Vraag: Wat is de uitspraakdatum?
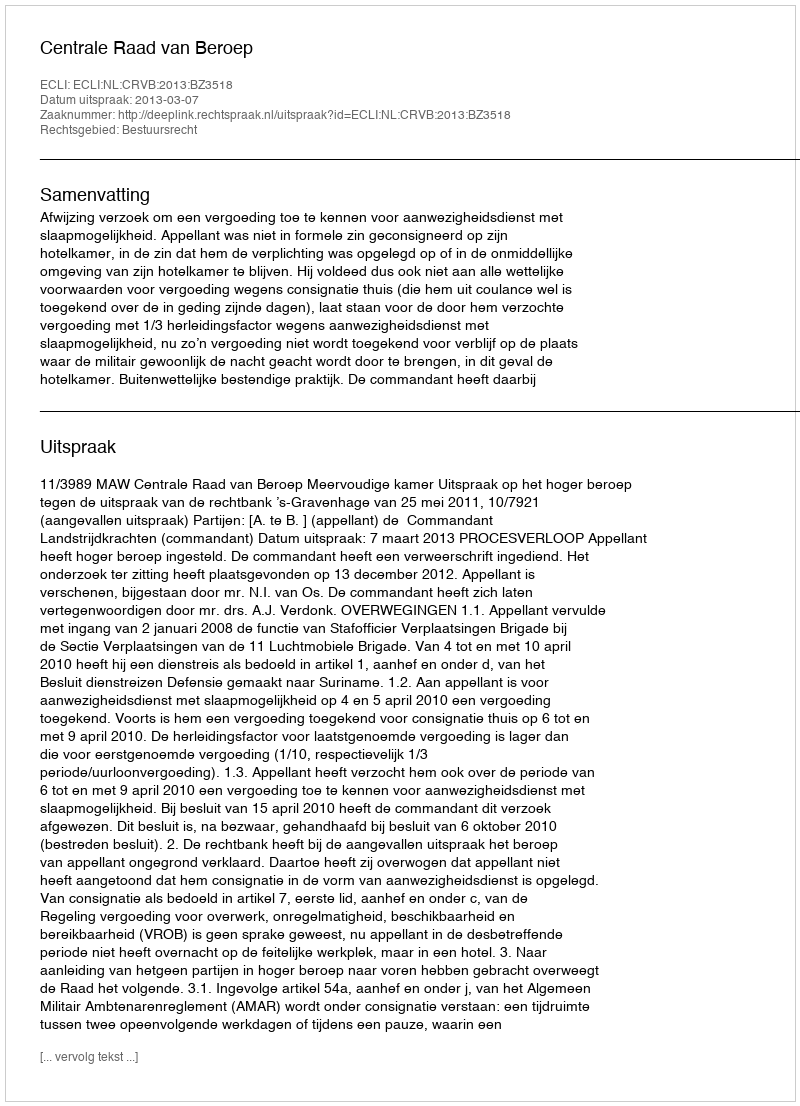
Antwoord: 2013-03-07